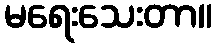
မရေးသေးတာ။